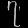
Digit: ၇